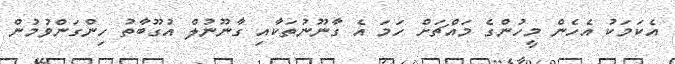
އެކަމަކު އެހެން މީހުންގެ މައްޗަށް ހަމަ އެ ގާނޫނުތަކާއި ގާނޫނުލް އުގޫބާތު ހިންގަންވުމުން